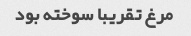
مرغ تقریبا سوخته بود